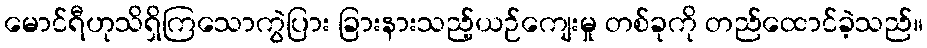
မောင်ရီဟုသိရှိကြသောကွဲပြား ခြားနားသည့်ယဉ်ကျေးမှု တစ်ခုကို တည်ထောင်ခဲ့သည်။